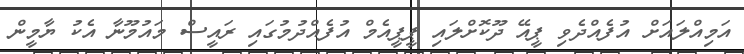
އަމިއްލައަށް އުފެއްދެވި ޕީއޭ ދޫކޮށްލައި ޕީޕީއެމް އުފެއްދުމުގައި ރައީސް މައުމޫނާ އެކު ޔާމީން